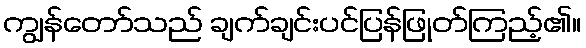
ကျွန်တော်သည် ချက်ချင်းပင်ပြန်ဖြုတ်ကြည့်၏။